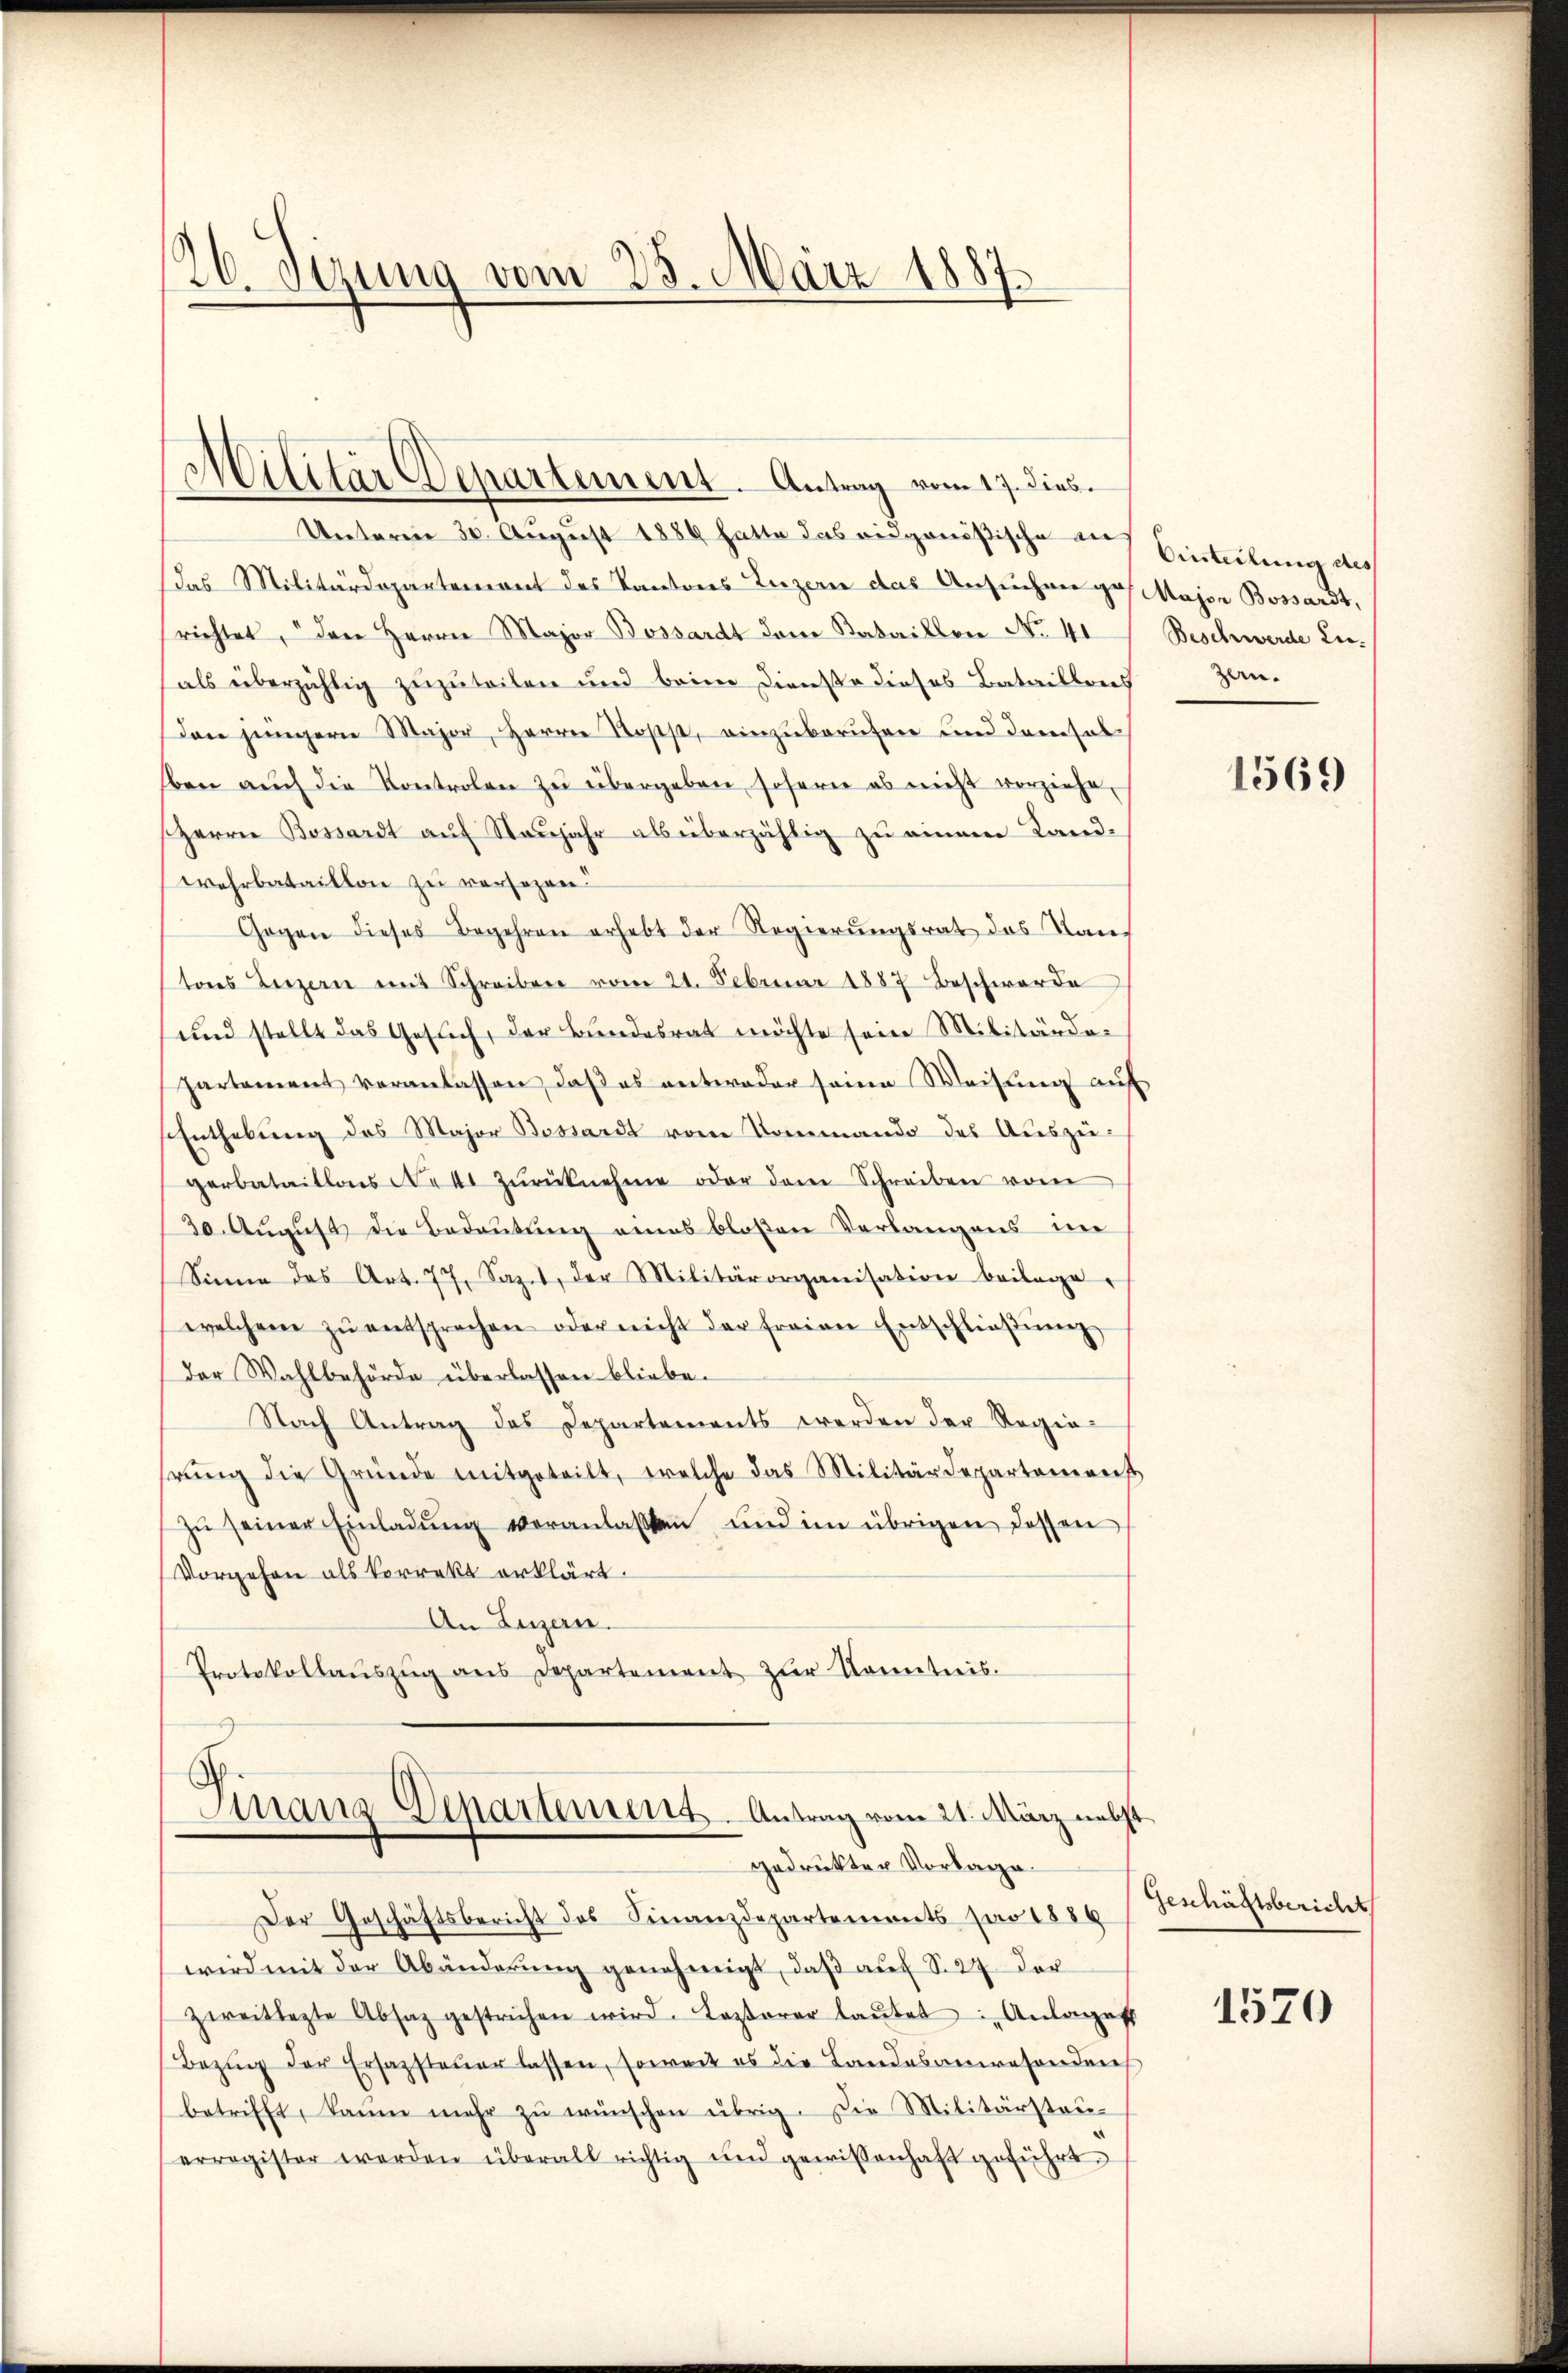
26. Sizung vom 25. März 1887.

Militär Departement. Antrag vom 17. dies

Unterm 30. August 1889 hatte das eidgenößische Einteilung des
as Militärdepartement des Kantons Luzern das Ansuchen ges. Major Bossardt,
richtet, den Herrn Major Bossardt dem Kabaillen No 41
als überzichtig zuzuteilen und beim Dienste dieses Bataillons Zan-
Den jüngern Major, Herrn Rosst, einzuberufen und dannhab
lben aŭch die Kontrolen zŭ übergeben soferne es nicht vorziehe,
Herrn Bossardt auf Neujahr als überzählig zu einem Land-
wehrbataillon zu versezen.
Gogen dieses Begehren erhebt der Regierungsrat des Stantons Luzern mit Schreiben vom 21. Februar 1887 Beschwerde
und stellt das Gesuch, der Bundesrat möchte sein Militärdepartement veranlassen, daß es entweder seine Weisung auf
Enthebŭng des Major Bossardt vom Kommando des Auszügerbataillons Not zŭrücknehme oder dem Schreiben vom
30. August die Bedeutung eines bloßen Verlangens im
Sinne des Art. 77, Sazes, der Militärorganisation beilage,
welchem zŭ entsprechen oder nicht der freien Entschlieβŭng
der Wahlbehörde überlassen bliebe.
Nach Antrag des Departements werden der Regierŭng die Gründe mitgeteilt, welche das Militärdepartement
zŭ seiner Einladŭng veranlaßten und im übrigen dessen
Vorgehen als korrekt erklärt.
An Luzern.
Protokollaŭszŭg ans Departement zŭr Kenntnis.

Sinanz-Departement. Antrag vom 21. März nebst
gedruckter Vorlage.

Der Geschäftsbericht des Finanzdepartements pro 1889
wird mit der Abänderŭng genehmigt, daß auf S. 27. Der
zweitlegte Absatz gestrichen wird. Lasterer laŭtet in Anlages
Bezŭg der Ersazsteuer lassen, soweit es die Landesanwesenden
betrifft, kaum mehr zŭ wünschen übrig. Die Militärstauerregister werden überall richtig und gewissenhaft geführt,

Beschwerde zu.

1569

Geschäftsbericht

1570